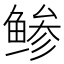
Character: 鲹